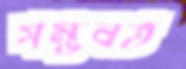
সম্ভবত